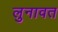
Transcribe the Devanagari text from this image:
लुनावत